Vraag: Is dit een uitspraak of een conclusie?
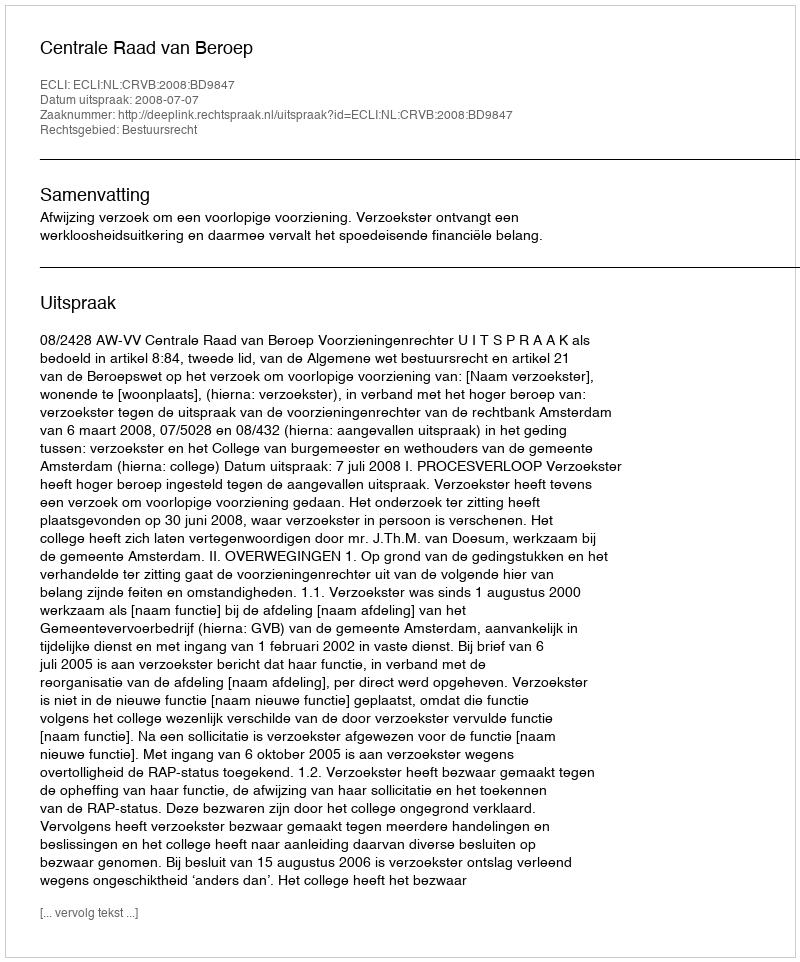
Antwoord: Uitspraak